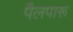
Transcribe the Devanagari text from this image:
पैलपारू